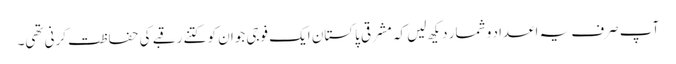
آپ صرف یہ اعداد و شمار دیکھ لیں کہ مشرقی پاکستان ایک فوجی جوان کو کتنے رقبے کی حفاظت کرنی تھی۔